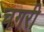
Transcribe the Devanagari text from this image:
चग़री